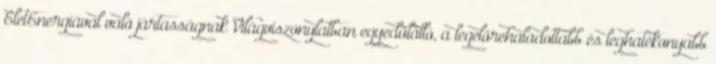
ÉletEnergiával való jártasságnak Világviszonylatban egyedülálló, a legelőrehaladottabb és leghatékonyabb